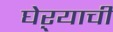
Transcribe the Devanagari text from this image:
घेऱ्याची